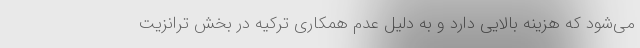
می‌شود که هزینه بالایی دارد و به دلیل عدم همکاری ترکیه در بخش ترانزیت